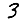
Digit: 3